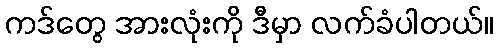
ကဒ်တွေ အားလုံးကို ဒီမှာ လက်ခံပါတယ်။